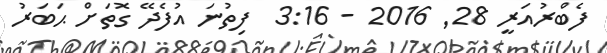
ފެބްރުއަރީ 28